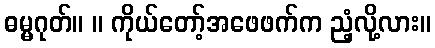
ဓမ္မဂုတ်။ ။ ကိုယ်တော့်အဖေဖက်က ညံ့လို့လား။